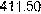
411.50